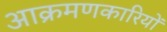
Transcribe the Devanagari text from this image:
आक्रमणकारियोंं